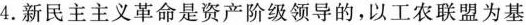
4.新民主主义革命是资产阶级领导的，以工农联盟为基